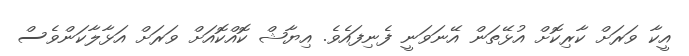
އީކާ ވަރަށް ކާރިކޮށް އުޅޭތަން އޭނަވަނީ ފެނިފައެވެ. އިޔާޝް ކޮއްކޮއަށް ވަރަށް އަޅާލާކަންވެސް